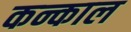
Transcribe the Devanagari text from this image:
कन्काल